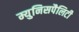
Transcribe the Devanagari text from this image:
म्युनिसपैलिटी